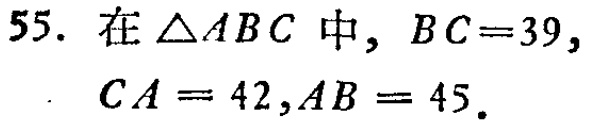
55. 在\(\triangle ABC\)中，\(BC = 39\)，\(CA = 42\)，\(AB = 45\)。